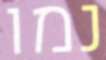
נמו